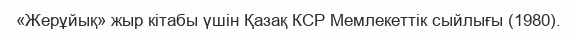
«Жерұйық» жыр кітабы үшін Қазақ КСР Мемлекеттік сыйлығы (1980).